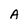
Character: A